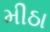
મીઠા